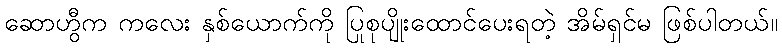
ဆောဟွီက ကလေး နှစ်ယောက်ကို ပြုစုပျိုးထောင်ပေးရတဲ့ အိမ်ရှင်မ ဖြစ်ပါတယ်။